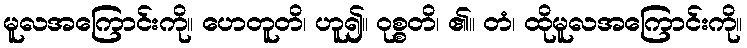
မူလအကြောင်းကို။ ဟေတူတိ၊ ဟူ၍။ ဝုစ္စတိ၊ ၏။ တံ၊ ထိုမူလအကြောင်းကို။